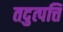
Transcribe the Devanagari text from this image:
तदुत्पत्ति